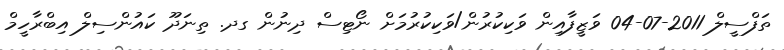
ތަފްސީލް 2011-07-04 ވަޒީފާއިން ވަކިކުރުން/ވަކިކުރުމަށް ނޯޓިސް ދިނުން ގދ. ތިނަދޫ ކައުންސިލް އިބްރާހީމް